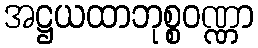
အဋ္ဌယထာဘုစ္စဝဏ္ဏာ